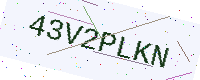
Text: 43V2PLKN